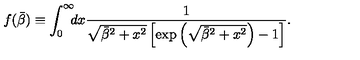
f ( \bar { \beta } ) \equiv \int _ { 0 } ^ { \infty } \! \! \! d x \frac { 1 } { \sqrt { \bar { \beta } ^ { 2 } + x ^ { 2 } } \left[ \exp \left( \sqrt { \bar { \beta } ^ { 2 } + x ^ { 2 } } \right) - 1 \right] } .